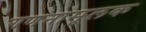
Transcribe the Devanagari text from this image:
गणनामूलक